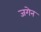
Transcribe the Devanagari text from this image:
जगेन